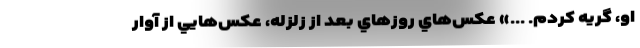
او، گريه كردم. ...» عكس‌هاي روزهاي بعد از زلزله، عكس‌هايي از آوار